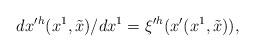
LaTeX: \begin{align*}dx'{}^h(x^1,\tilde x)/dx^1=\xi'{}^h(x'(x^1,\tilde x)),\end{align*}